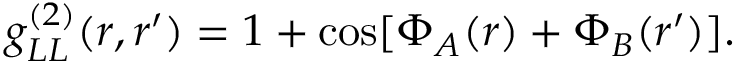
g _ { L L } ^ { ( 2 ) } ( \boldsymbol { r } , \boldsymbol { r } ^ { \prime } ) = 1 + \cos [ \Phi _ { A } ( \boldsymbol { r } ) + \Phi _ { B } ( \boldsymbol { r } ^ { \prime } ) ] .